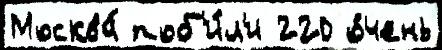
Москва́ поб'и́л'и 220 о́чень